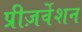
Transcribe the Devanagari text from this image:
प्रीज़र्वेशन